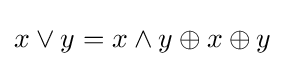
x\lor y=x\land y\oplus x\oplus y